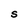
Character: S